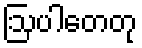
ဩပါတေတု